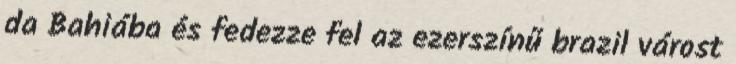
da Bahiába és fedezze fel az ezerszínű brazil várost